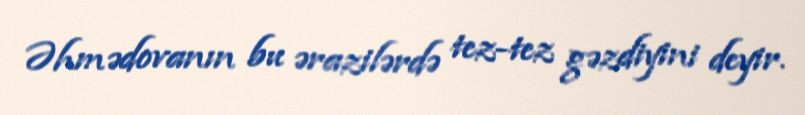
Əhmədovanın bu ərazilərdə tez-tez gəzdiyini deyir.